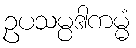
ဥပသမ္ပဒါကမ္မံ